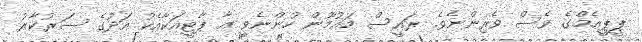
ޕީޕީއެމްގެ ވެސް ވެރިންނެވެ. ރައީސް މައުމޫން ހުންނެވީ އާ ޕާޓީއަކާއެކު އަދުގެ ސަރުކާރު